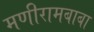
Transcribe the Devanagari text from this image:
मणीरामबाबा